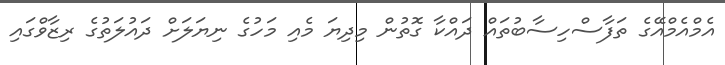
އެމްއެމްއޭގެ ތަފާސްހިސާބުތައް ދައްކާ ގޮތުން މިދިޔަ މެއި މަހުގެ ނިޔަލަށް ދައުލަތުގެ ރިޒާވްގައި